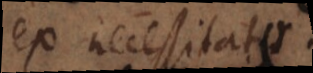
ex necessitate.